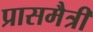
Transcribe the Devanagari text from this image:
प्रासमैत्री